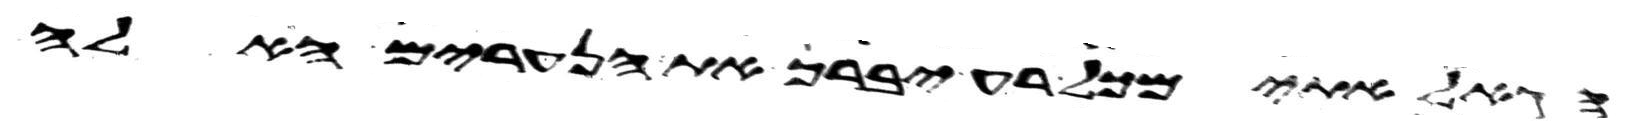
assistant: הגאל אתי מכל רע יברך את הנערים האלה